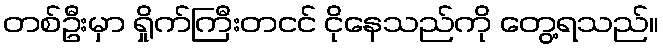
တစ်ဦးမှာ ရှိုက်ကြီးတငင် ငိုနေသည်ကို တွေ့ရသည်။